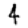
Digit: 4